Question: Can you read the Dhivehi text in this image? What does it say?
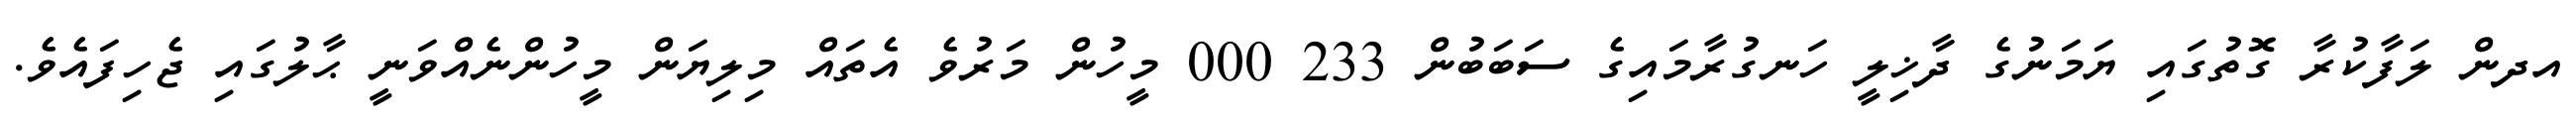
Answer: އދން ލަފާކުރާ ގޮތުގައި ޔަމަނުގެ ދާޚިލީ ހަނގުރާމައިގެ ސަބަބުން 233 000 މީހުން މަރުވެ އެތައް މިލިޔަން މީހުންނެއްވަނީ ޙާލުގައި ޖެހިފައެވެ.